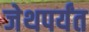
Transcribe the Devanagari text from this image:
जेथपर्यंत